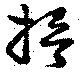
搢